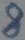
Text: 8